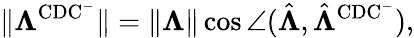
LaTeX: \lVert\boldsymbol{\Lambda}^{\mathrm{CDC^{-}}}\rVert=\lVert\boldsymbol{\Lambda}\rVert\cos\angle(\hat{\boldsymbol{\Lambda}},\hat{\boldsymbol{\Lambda}}^{\mathrm{CDC^{-}}}),